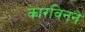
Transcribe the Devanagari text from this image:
कारविनने